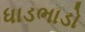
ધાડભાડો